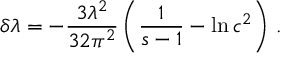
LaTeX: \delta \lambda = - \frac { 3 \lambda ^ { 2 } } { 3 2 \pi ^ { 2 } } \left( { \frac { 1 } { s - 1 } } - \ln c ^ { 2 } \right) \, .